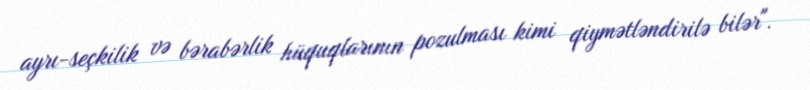
ayrı-seçkilik və bərabərlik hüquqlarının pozulması kimi qiymətləndirilə bilər".